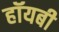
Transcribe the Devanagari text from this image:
हॉयबी